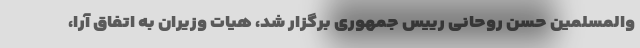
والمسلمین حسن روحانی رییس جمهوری برگزار شد، هیات وزیران به اتفاق آرا،